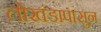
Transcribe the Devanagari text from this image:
लोखंडापासुन